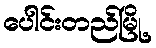
ပေါင်းတည်မြို့